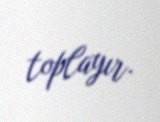
toplayır.